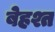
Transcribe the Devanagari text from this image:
बेहश्त